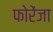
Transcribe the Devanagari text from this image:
फोरेंजा